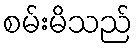
စမ်းမိသည်